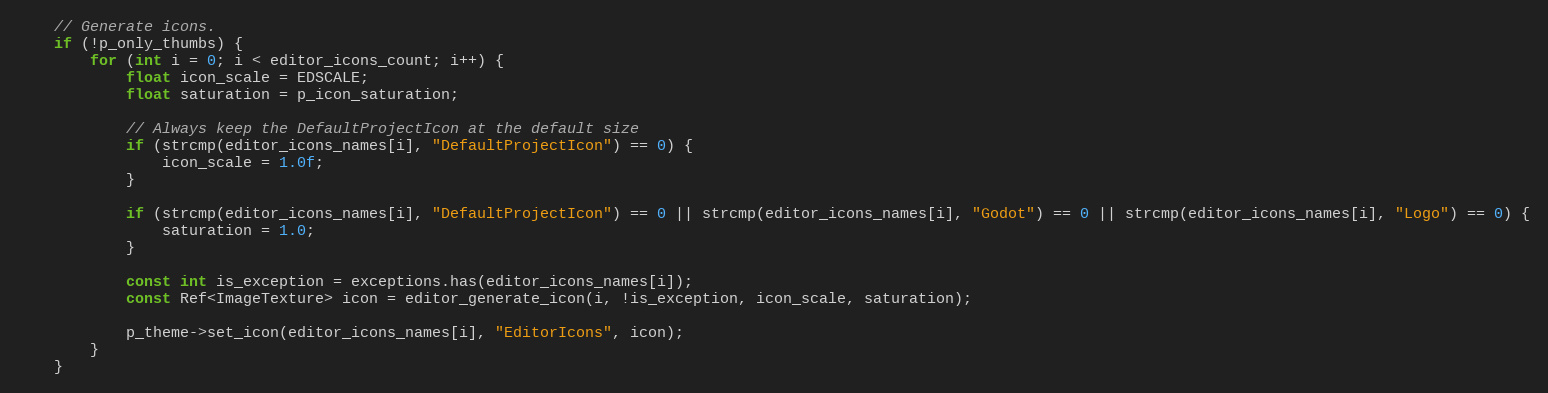
Language: C++
	// Generate icons.
	if (!p_only_thumbs) {
		for (int i = 0; i < editor_icons_count; i++) {
			float icon_scale = EDSCALE;
			float saturation = p_icon_saturation;

			// Always keep the DefaultProjectIcon at the default size
			if (strcmp(editor_icons_names[i], "DefaultProjectIcon") == 0) {
				icon_scale = 1.0f;
			}

			if (strcmp(editor_icons_names[i], "DefaultProjectIcon") == 0 || strcmp(editor_icons_names[i], "Godot") == 0 || strcmp(editor_icons_names[i], "Logo") == 0) {
				saturation = 1.0;
			}

			const int is_exception = exceptions.has(editor_icons_names[i]);
			const Ref<ImageTexture> icon = editor_generate_icon(i, !is_exception, icon_scale, saturation);

			p_theme->set_icon(editor_icons_names[i], "EditorIcons", icon);
		}
	}